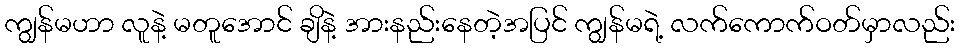
ကျွန်မဟာ လူနဲ့ မတူအောင် ချိနဲ့ အားနည်းနေတဲ့အပြင် ကျွန်မရဲ့ လက်ကောက်ဝတ်မှာလည်း